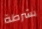
بشرطة